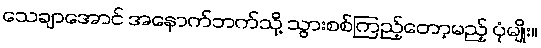
သေချာအောင် အနောက်ဘက်သို့ သွားစစ်ကြည့်တော့မည့် ပုံမျိုး။